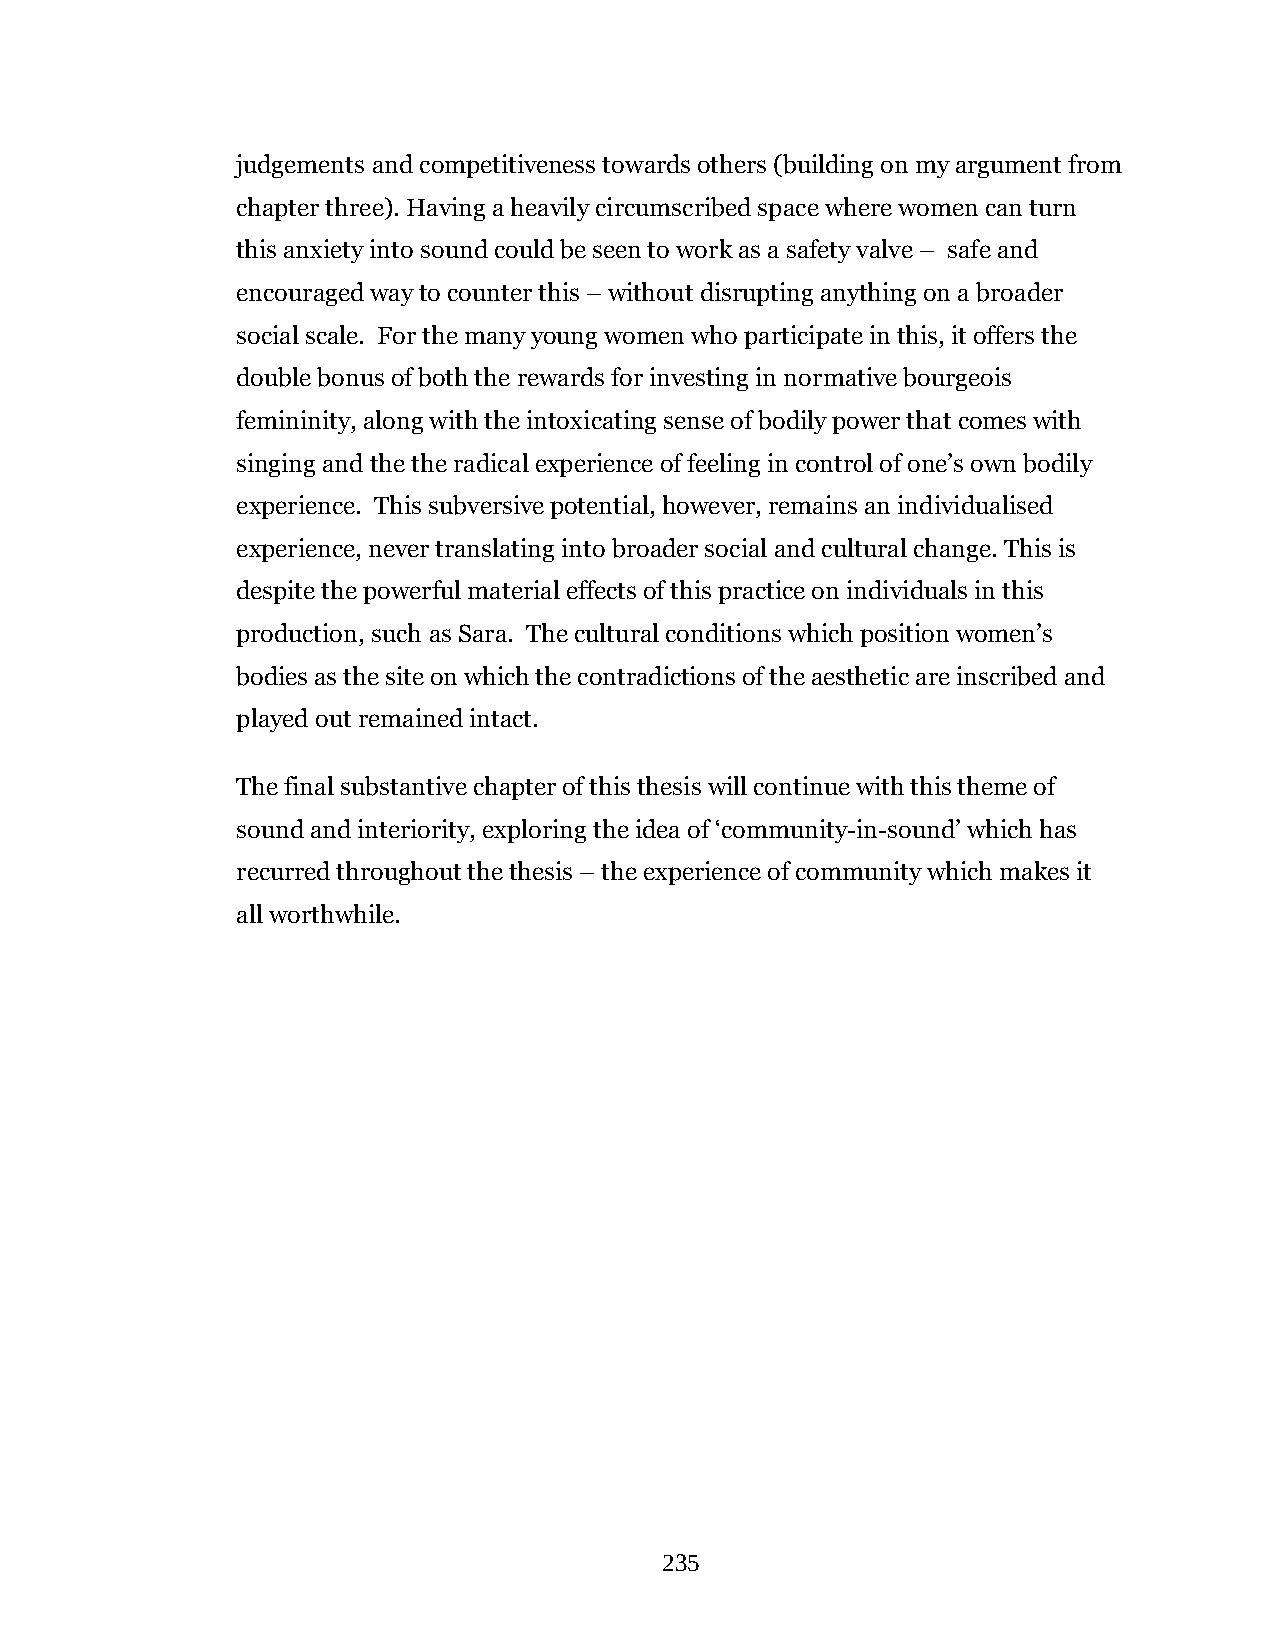
judgements and competitiveness towards others (building on my argument from
 chapter three). Having a heavily circumscribed space where women can turn
 this anxiety into sound could be seen to work as a safety valve – safe and
 encouraged way to counter this – without disrupting anything on a broader
 social scale. For the many young women who participate in this, it offers the
 double bonus of both the rewards for investing in normative bourgeois
 femininity, along with the intoxicating sense of bodily power that comes with
 singing and the the radical experience of feeling in control of one’s own bodily
 experience. This subversive potential, however, remains an individualised
 experience, never translating into broader social and cultural change. This is
 despite the powerful material effects of this practice on individuals in this
 production, such as Sara. The cultural conditions which position women’s
 bodies as the site on which the contradictions of the aesthetic are inscribed and
 played out remained intact.
 The final substantive chapter of this thesis will continue with this theme of
 sound and interiority, exploring the idea of ‘community-in-sound’ which has
 recurred throughout the thesis – the experience of community which makes it
 all worthwhile.
 235